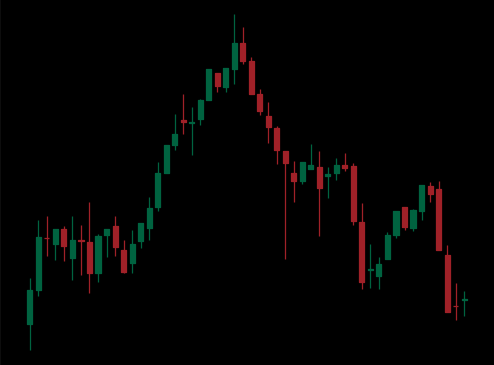
Pattern: head_shoulders